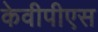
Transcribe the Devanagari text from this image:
केवीपीएस